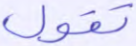
تقول